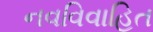
નવવિવાહિત